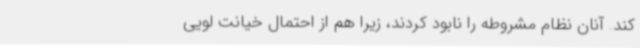
کند. آنان نظام مشروطه را نابود کردند، زیرا هم از احتمال خیانت لویی